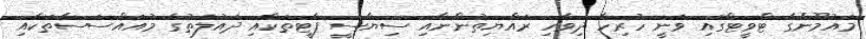
މައުމޫންގެ ޓްވީޓްގައި ވަނީ ހުރިހާ ދިވެހި ރައްޔިތުންނާއި ސިޔާސީ ޕާޓީތަކާއި ދައުލަތުގެ މުއައްސަސާތަކާއި